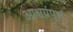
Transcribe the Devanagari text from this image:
आश्चर्य़पूर्ण